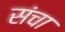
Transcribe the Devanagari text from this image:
संचा